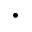
\cdot